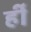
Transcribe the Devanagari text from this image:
र्ही